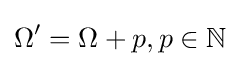
\Omega '=\Omega +p,p\in \mathbb {N}